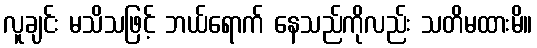
လူချင်း မသိသဖြင့် ဘယ်ရောက် နေသည်ကိုလည်း သတိမထားမိ။